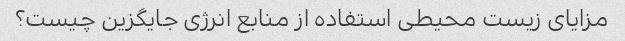
مزایای زیست محیطی استفاده از منابع انرژی جایگزین چیست؟